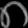
Digit: ၈